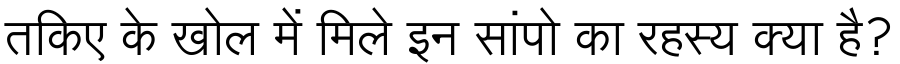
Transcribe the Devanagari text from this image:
तकिए के खोल में मिले इन सांपो का रहस्य क्या है?